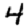
Digit: 4